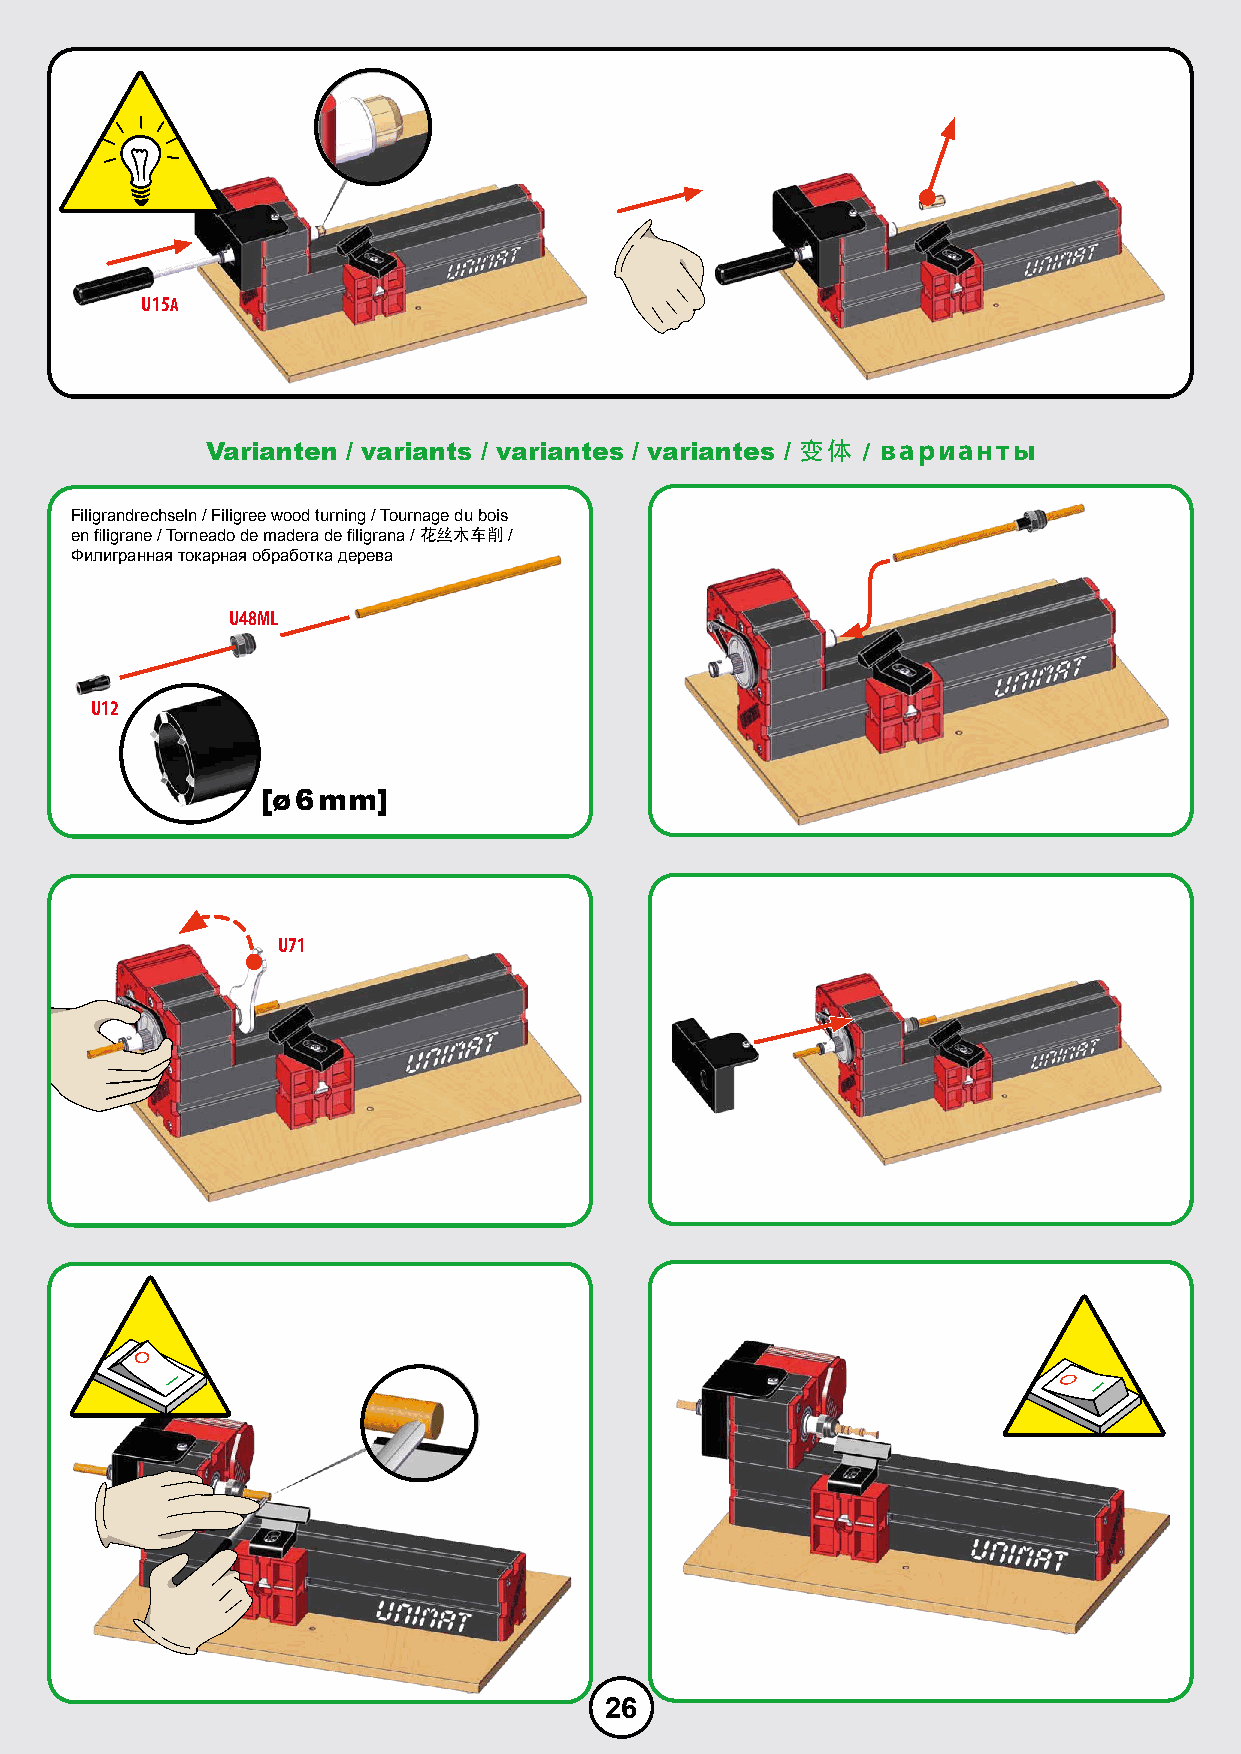
U15A
 Varianten / variants / variantes / variantes / 变体 / варианты
 Filigrandrechseln / Filigree wood turning / Tournage du bois
 en filigrane / Torneado de madera de filigrana / 花丝木车削 /
 Филигранная токарная обработка дерева
 U48ML
 U12
 [ø 6 mm]
 U71
 26